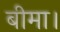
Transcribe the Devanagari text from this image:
बीमा।